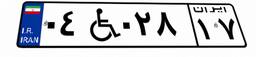
۶۵W۳۸۶۲۲